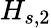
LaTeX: H_{s,2}